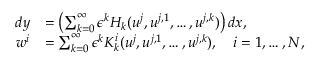
\begin{array} { r l } { d y } & { = \left( \sum _ { k = 0 } ^ { \infty } \epsilon ^ { k } H _ { k } ( u ^ { j } , u ^ { j , 1 } , \ldots , u ^ { j , k } ) \right) d x , } \\ { w ^ { i } } & { = \sum _ { k = 0 } ^ { \infty } \epsilon ^ { k } K _ { k } ^ { i } ( u ^ { j } , u ^ { j , 1 } , \ldots , u ^ { j , k } ) , \quad i = 1 , \ldots , N , } \end{array}